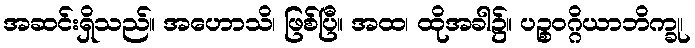
အဆင်းရှိသည်။ အဟောသိ၊ ဖြစ်ပြီ။ အထ၊ ထိုအခါ၌။ ပဉ္စဝဂ္ဂိယာဘိက္ခု၊